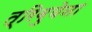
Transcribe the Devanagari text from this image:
त्रिबुयेना